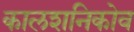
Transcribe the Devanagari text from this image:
कालशनिकोव